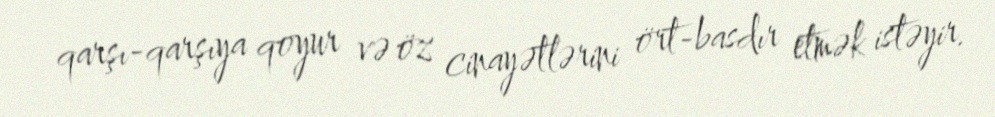
qarşı-qarşıya qoyur və öz cinayətlərini ört-basdır etmək istəyir.